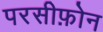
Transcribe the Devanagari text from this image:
परसीफ़ोन